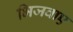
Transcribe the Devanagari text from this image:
भिजवाए